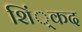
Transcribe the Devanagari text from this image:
शिं्कद